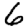
Digit: 6